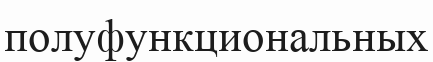
полуфункциональных